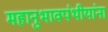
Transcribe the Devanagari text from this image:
महानुभावपंथीयांना